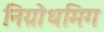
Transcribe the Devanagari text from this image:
निग्रोधमिग